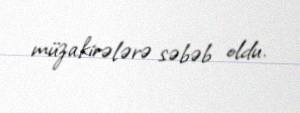
müzakirələrə səbəb oldu.